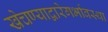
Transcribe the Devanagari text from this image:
खेचण्याद्वारेगर्भावस्था